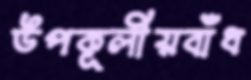
উপকূলীয়বাঁধ